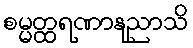
စမ္မတ္ထရဏာနုညာသိ